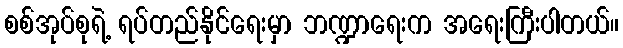
စစ်အုပ်စုရဲ့ ရပ်တည်နိုင်ရေးမှာ ဘဏ္ဍာရေးက အရေးကြီးပါတယ်။